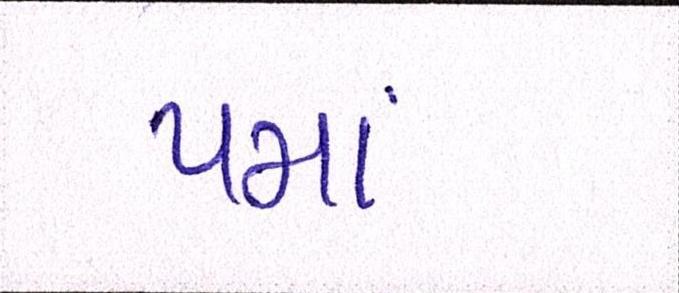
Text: પમાં